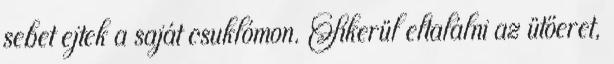
sebet ejtek a saját csuklómon. Sikerül eltalálni az ütőeret,